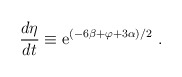
\begin{align*}\frac{d\eta}{dt} \equiv {\rm e}^{(-6\beta + \varphi + 3\alpha) /2} \ .\end{align*}